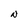
Character: N